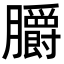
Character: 𦣅